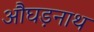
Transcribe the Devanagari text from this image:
औघड़नाथ